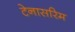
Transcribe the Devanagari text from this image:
टेनासरिम